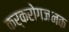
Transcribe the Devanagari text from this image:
कर्करोगजनक